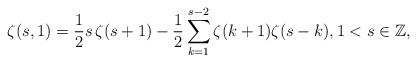
LaTeX: \begin{align*} \zeta(s,1) = \frac{1}{2}s \, \zeta(s+1) - \frac{1}{2} \sum_{k=1}^{s-2}\zeta(k+1) \zeta(s-k), 1 < s \in \mathbb{Z} ,\end{align*}